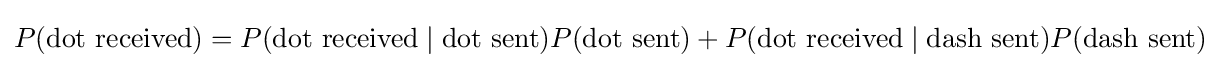
P({\text{dot received}})=P({\text{dot received}}\mid {\text{dot sent}})P({\text{dot sent}})+P({\text{dot received}}\mid {\text{dash sent}})P({\text{dash sent}})